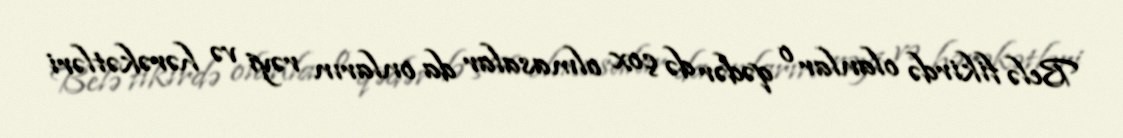
Belə fikirdə olanlar o qədər də çox olmasalar da onların rəyi və hərəkətləri